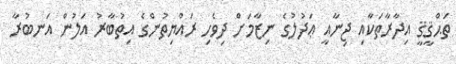
ތަޙްޤީޤީ އިދާރާތަކާއި ޖިނާއީ ޢަދުލުގެ ނިޒާމަށް ދިވެހި ރައްޔިތުންގެ އިތުބާރު އަލުން އަނބުރާ